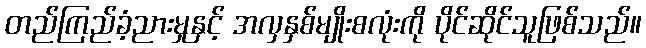
တည်ကြည်ခံ့ညားမှုနှင့် အလှနှစ်မျိုးစလုံးကို ပိုင်ဆိုင်သူဖြစ်သည်။